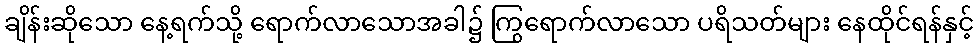
ချိန်းဆိုသော နေ့ရက်သို့ ရောက်လာသောအခါ၌ ကြွရောက်လာသော ပရိသတ်များ နေထိုင်ရန်နှင့်